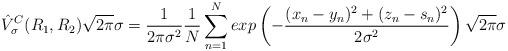
LaTeX: \begin{align*}\hat{V}^{C}_{\sigma}(R_1,R_2) \sqrt{2\pi}\sigma = \frac{1}{2\pi\sigma^{2}} \frac{1}{N} \sum\limits_{n=1}^N exp \left ( -\frac{(x_{n} - y_{n})^{2} + (z_{n} - s_{n})^{2} }{2\sigma^2} \right ) \sqrt{2\pi}\sigma \end{align*}